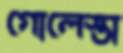
গোলেস্তা